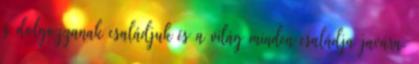
s dolgozzanak családjuk és a világ minden családja javára.